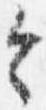
令